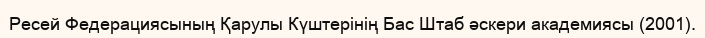
Ресей Федерациясының Қарулы Күштерінің Бас Штаб әскери академиясы (2001).